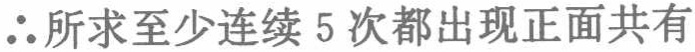
$\therefore$所求至少连续$5$次都出现正面共有